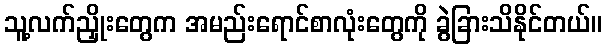
သူ့လက်ညှိုးတွေက အမည်းရောင်စာလုံးတွေကို ခွဲခြားသိနိုင်တယ်။